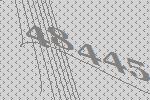
48445